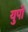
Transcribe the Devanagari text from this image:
युपो